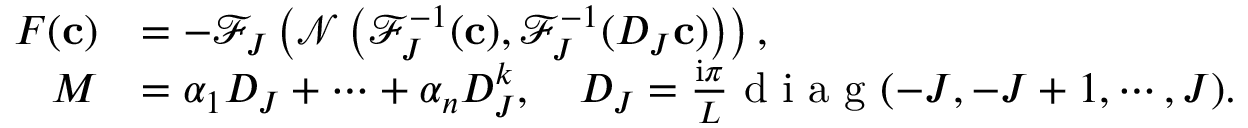
\begin{array} { r l } { F ( \mathbf c ) } & { = - \mathcal { F } _ { J } \left( \mathcal { N } \left( \mathcal { F } _ { J } ^ { - 1 } ( \mathbf c ) , \mathcal { F } _ { J } ^ { - 1 } ( D _ { J } \mathbf c ) \right) \right) , } \\ { M } & { = \alpha _ { 1 } D _ { J } + \cdots + \alpha _ { n } D _ { J } ^ { k } , \quad D _ { J } = \frac { \mathrm i \pi } { L } \textrm { d i a g } ( - J , - J + 1 , \cdots , J ) . } \end{array}